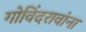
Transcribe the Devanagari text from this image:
गोविंदरावांना